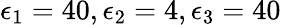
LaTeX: \epsilon_{1}=40,\epsilon_{2}=4,\epsilon_{3}=40